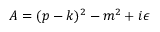
A = ( p - k ) ^ { 2 } - m ^ { 2 } + i \epsilon